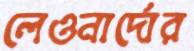
লেওনার্দোর